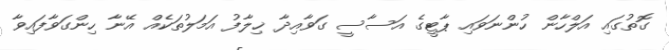
ގޮތުގައި އަލްހާން ހުންނަވައި ޕާޓީގެ އަސާސީ ގަވާއިދާ ޚިލާފު އަމަލުތަކެއް އޭނާ ހިންގަވާފައިވާ